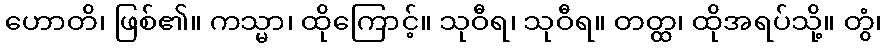
ဟောတိ၊ ဖြစ်၏။ ကသ္မာ၊ ထိုကြောင့်။ သုဝီရ၊ သုဝီရ။ တတ္ထ၊ ထိုအရပ်သို့။ တွံ၊